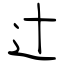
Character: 辻